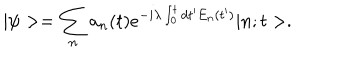
LaTeX: | \psi > = \sum _ { n } a _ { n } ( t ) e ^ { - i \lambda \int _ { 0 } ^ { t } d t ^ { \prime } E _ { n } ( t ^ { \prime } ) } | n ; t > .